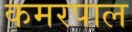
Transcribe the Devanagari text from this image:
कमरपाल